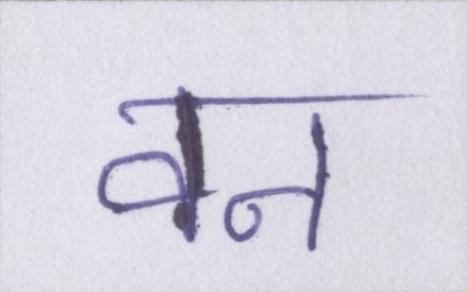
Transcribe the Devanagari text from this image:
वन